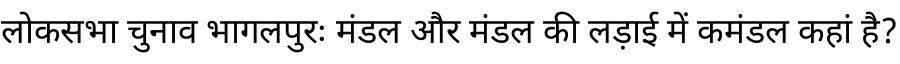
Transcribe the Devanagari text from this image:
लोकसभा चुनाव भागलपुरः मंडल और मंडल की लड़ाई में कमंडल कहां है?